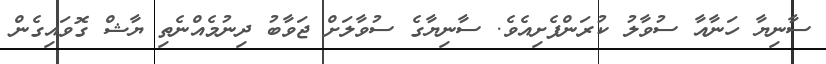
ސާނިޔާ ހަނާއާ ސުވާލު ކުރަންފެށިއެވެ. ސާނިޔާގެ ސުވާލަށް ޖަވާބު ދިނުމެއްނެތި ޔާޝް ގޮވައިގެން